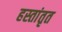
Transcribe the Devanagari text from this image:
हस्तांतृत